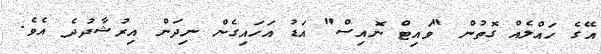
އޭގެ ހައްލެއް ގޮތުން "ވައިޓް ނޮއިސް" އަޑު އަހައިގެން ނިދަން އިރުޝާދުދެ އެވެ.